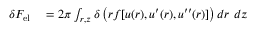
\begin{array} { r l } { \delta { F } _ { \mathrm { { e l } } } } & { { } = 2 \pi \int _ { r , z } \delta \left( r f [ u ( r ) , u ^ { \prime } ( r ) , u ^ { \prime \prime } ( r ) ] \right) d r \ d z } \end{array}